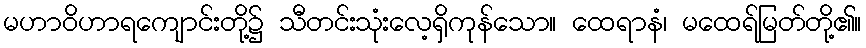
မဟာဝိဟာရကျောင်းတို့၌ သီတင်းသုံးလေ့ရှိကုန်သော။ ထေရာနံ၊ မထေရ်မြတ်တို့၏။